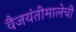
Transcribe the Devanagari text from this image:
वैजयंतीमालेची